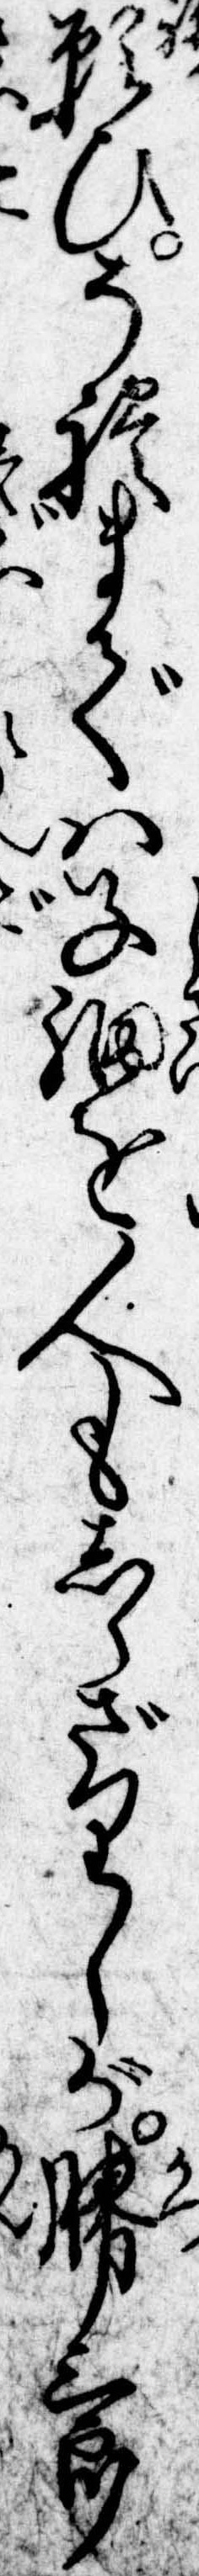
願ひそれまでは子細を人もしらざりしが勝三郎